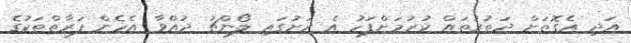
އަދި އެގޮތަށް ދަތުރުތައް ކުރުމަށްފަހު އެ ރަށުގައި ލޯންޗު ދުއްވާ އެހެން ފަރާތްތަކުގެ